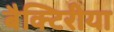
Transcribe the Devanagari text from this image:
बैक्टिरीया